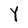
Character: Y